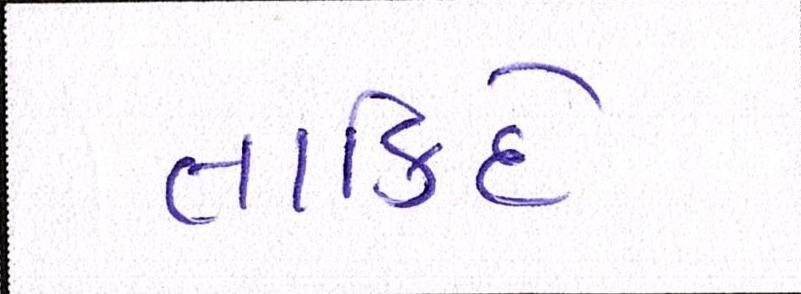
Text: તાકિદે